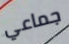
جماعي